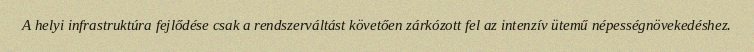
A helyi infrastruktúra fejlődése csak a rendszerváltást követően zárkózott fel az intenzív ütemű népességnövekedéshez.